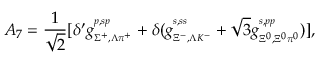
A _ { 7 } = \frac { 1 } { \sqrt { 2 } } [ \delta ^ { \prime } g _ { { } _ { \Sigma ^ { + } , \Lambda \pi ^ { + } } } ^ { { } ^ { p , s p } } + \delta ( g _ { { } _ { \Xi ^ { - } , \Lambda K ^ { - } } } ^ { { } ^ { s , s s } } + \sqrt 3 g _ { { } _ { \Xi ^ { 0 } , \Xi ^ { 0 } \pi ^ { 0 } } } ^ { { } ^ { s , p p } } ) ] ,